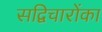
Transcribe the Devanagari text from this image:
सद्विचारोंका